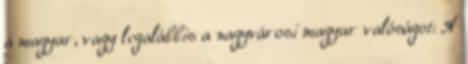
a magyar, vagy legalábbis a nagyvárosi magyar valóságot: A